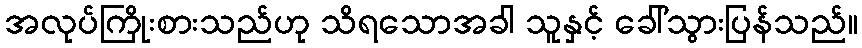
အလုပ်ကြိုးစားသည်ဟု သိရသောအခါ သူနှင့် ခေါ်သွားပြန်သည်။